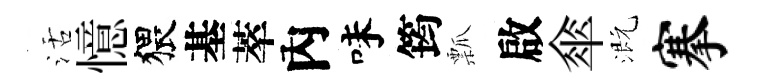
活憶猥基萃內味筠瓢啟傘溉搴